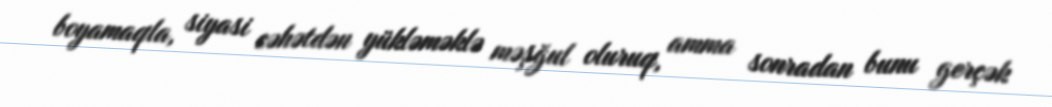
boyamaqla, siyasi cəhətdən yükləməklə məşğul oluruq, amma sonradan bunu gerçək